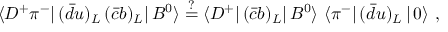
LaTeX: \langle D ^ { + } \pi ^ { - } | \, ( \bar { d } u ) _ { L } \, ( \bar { c } b ) _ { L } | \, B ^ { 0 } \rangle \stackrel { ? } { = } \langle D ^ { + } | \, ( \bar { c } b ) _ { L } | \, B ^ { 0 } \rangle \ \langle \pi ^ { - } | \, ( \bar { d } u ) _ { L } \, | \, 0 \rangle \ ,